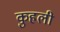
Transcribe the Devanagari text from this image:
कुहली